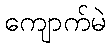
ကျောက်မဲ